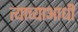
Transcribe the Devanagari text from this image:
त्याच्याआधी